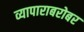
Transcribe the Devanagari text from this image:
व्यापाराबरोबर